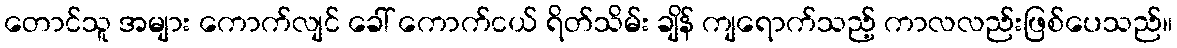
တောင်သူ အများ ကောက်လျင် ခေါ် ကောက်ငယ် ရိတ်သိမ်း ချိန် ကျရောက်သည့် ကာလလည်းဖြစ်ပေသည်။